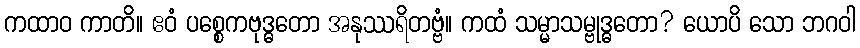
ကထာဝ ကာတိ။ ဧဝံ ပစ္စေကဗုဒ္ဓတော အနုဿရိတဗ္ဗံ။ ကထံ သမ္မာသမ္ဗုဒ္ဓတော? ယောပိ သော ဘဂဝါ